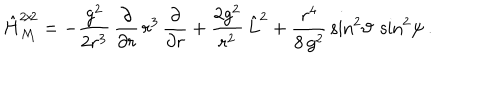
LaTeX: \hat { H } _ { \mathcal M } ^ { 2 \! \times \! 2 } = - \frac { g ^ { 2 } } { 2 r ^ { 3 } } \, \frac { \partial } { \partial r } \, r ^ { 3 } \, \frac { \partial } { \partial r } + \frac { 2 g ^ { 2 } } { r ^ { 2 } } \, \hat { L } ^ { 2 } + \frac { r ^ { 4 } } { 8 \, g ^ { 2 } } \, \sin ^ { 2 } \! \vartheta \: \sin ^ { 2 } \! \psi \: .